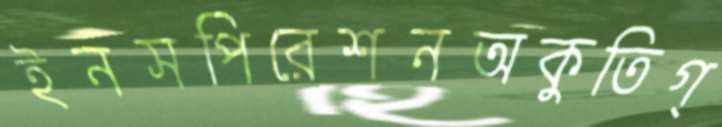
ইনসপিরেশনঅকুতিগ্